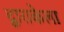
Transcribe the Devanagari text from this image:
द्वाराकेला